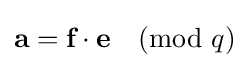
{\textbf {a}}={\textbf {f}}\cdot {\textbf {e}}{\pmod {q}}